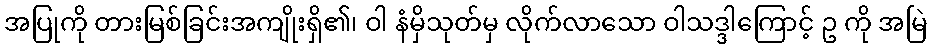
အပြုကို တားမြစ်ခြင်းအကျိုးရှိ၏၊ ဝါ နံမှိသုတ်မှ လိုက်လာသော ဝါသဒ္ဒါကြောင့် ဥ ကို အမြဲ